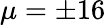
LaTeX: \mu=\pm 16